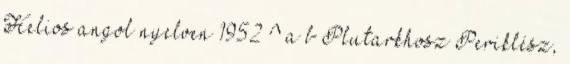
Helios angol nyelven 1952 ^ a b Plutarkhosz Periklész,